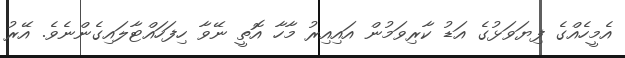
އެމީހެއްގެ ފިޔަވަޅުގެ އަޑު ކާރިވަމުން އައިއިރު މާހާ އޮތީ ނޭވާ ހިފަހައްޓާލައިގެންނެވެ. އޭރު